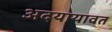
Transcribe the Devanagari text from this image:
अदयायावत